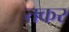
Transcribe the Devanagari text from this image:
तकर